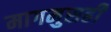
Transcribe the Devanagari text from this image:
मागमुसही